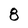
Character: 8